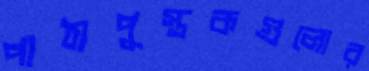
পাঠ্যপুস্তকগুলোর